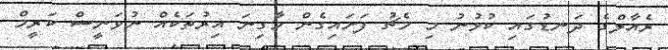
ރެއާލްގެ ދަނޑުގައި ކުޅުނު މި މެޗު ފަށައިގެން މާގިނަ އިރުތަކެއް ނުވަނީސް ކަރީމް